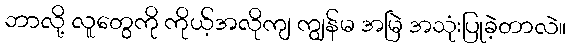
ဘာလို့ လူတွေကို ကိုယ့်အလိုကျ ကျွန်မ အမြဲ အသုံးပြုခဲ့တာလဲ။